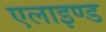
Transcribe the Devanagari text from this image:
एलाइण्ड